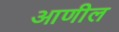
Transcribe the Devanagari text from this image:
आणील